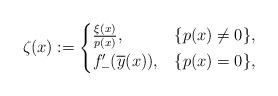
LaTeX: \begin{align*}\zeta(x):=\begin{cases}\frac{\xi(x)}{p(x)}, & \{p(x)\ne 0\},\\f_{-}'(\overline{y}(x)), & \{p(x)= 0\},\end{cases}\end{align*}